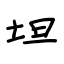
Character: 坦